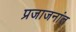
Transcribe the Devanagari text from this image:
प्रजाजनांत